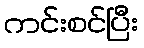
ကင်းစင်ပြီး